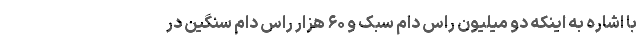
با اشاره به اینکه دو میلیون راس دام سبک و ۶۰ هزار راس دام سنگین در